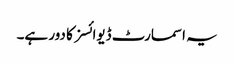
یہ اسمارٹ ڈیوائسز کا دور ہے۔